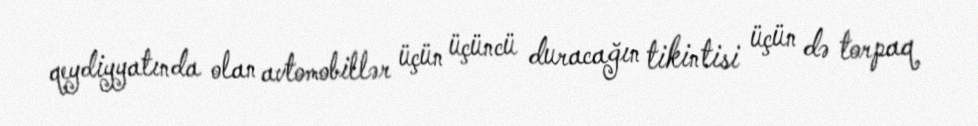
qeydiyyatında olan avtomobillər üçün üçüncü duracağın tikintisi üçün də torpaq